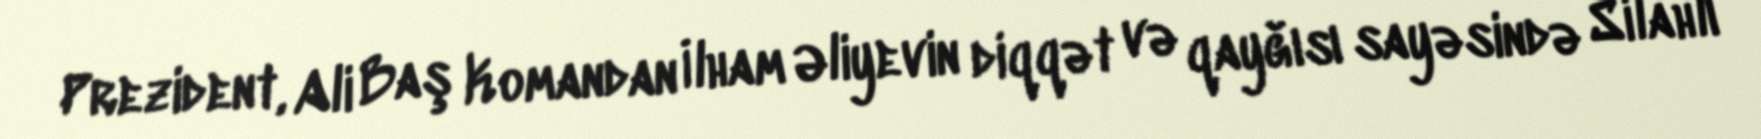
Prezident, Ali Baş Komandan İlham Əliyevin diqqət və qayğısı sayəsində Silahlı